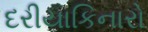
દરીયાકિનારો